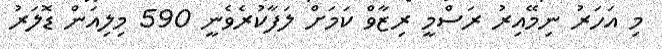
މި އަހަރު ނިމޭއިރު ރަސްމީ ރިޒާވް ކަމަށް ލަފާކުރެވެނީ 590 މިލިއަން ޑޮލަރު